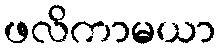
ဖလိကာမယာ